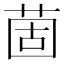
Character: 䓢